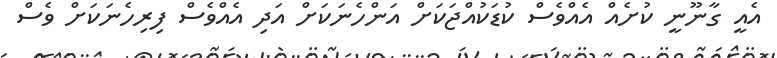
އެއީ ގާނޫނީ ކުށެއް އެއްވެސް ކުޑަކުއްޖަކަށް އަންހެނަކަށް އަދި އެއްވެސް ފިރިހެނަކަށް ވެސް